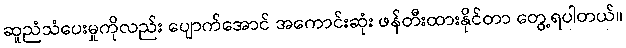
ဆူညံသံပေးမှုကိုလည်း ပျောက်အောင် အကောင်းဆုံး ဖန်တီးထားနိုင်တာ တွေ့ရပါတယ်။